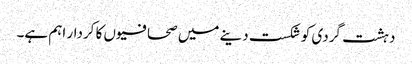
دہشت گردی کو شکست دینے میں صحافیوں کا کردار اہم ہے۔